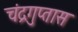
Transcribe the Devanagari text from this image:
चंद्रगुप्तास